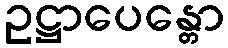
ဥဋ္ဌာပေန္တော